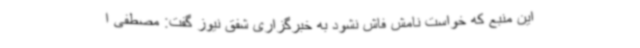
این منبع که خواست نامش فاش نشود به خبرگزاری شفق نیوز گفت: مصطفی ا